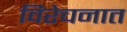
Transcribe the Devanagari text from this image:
विरेचनात